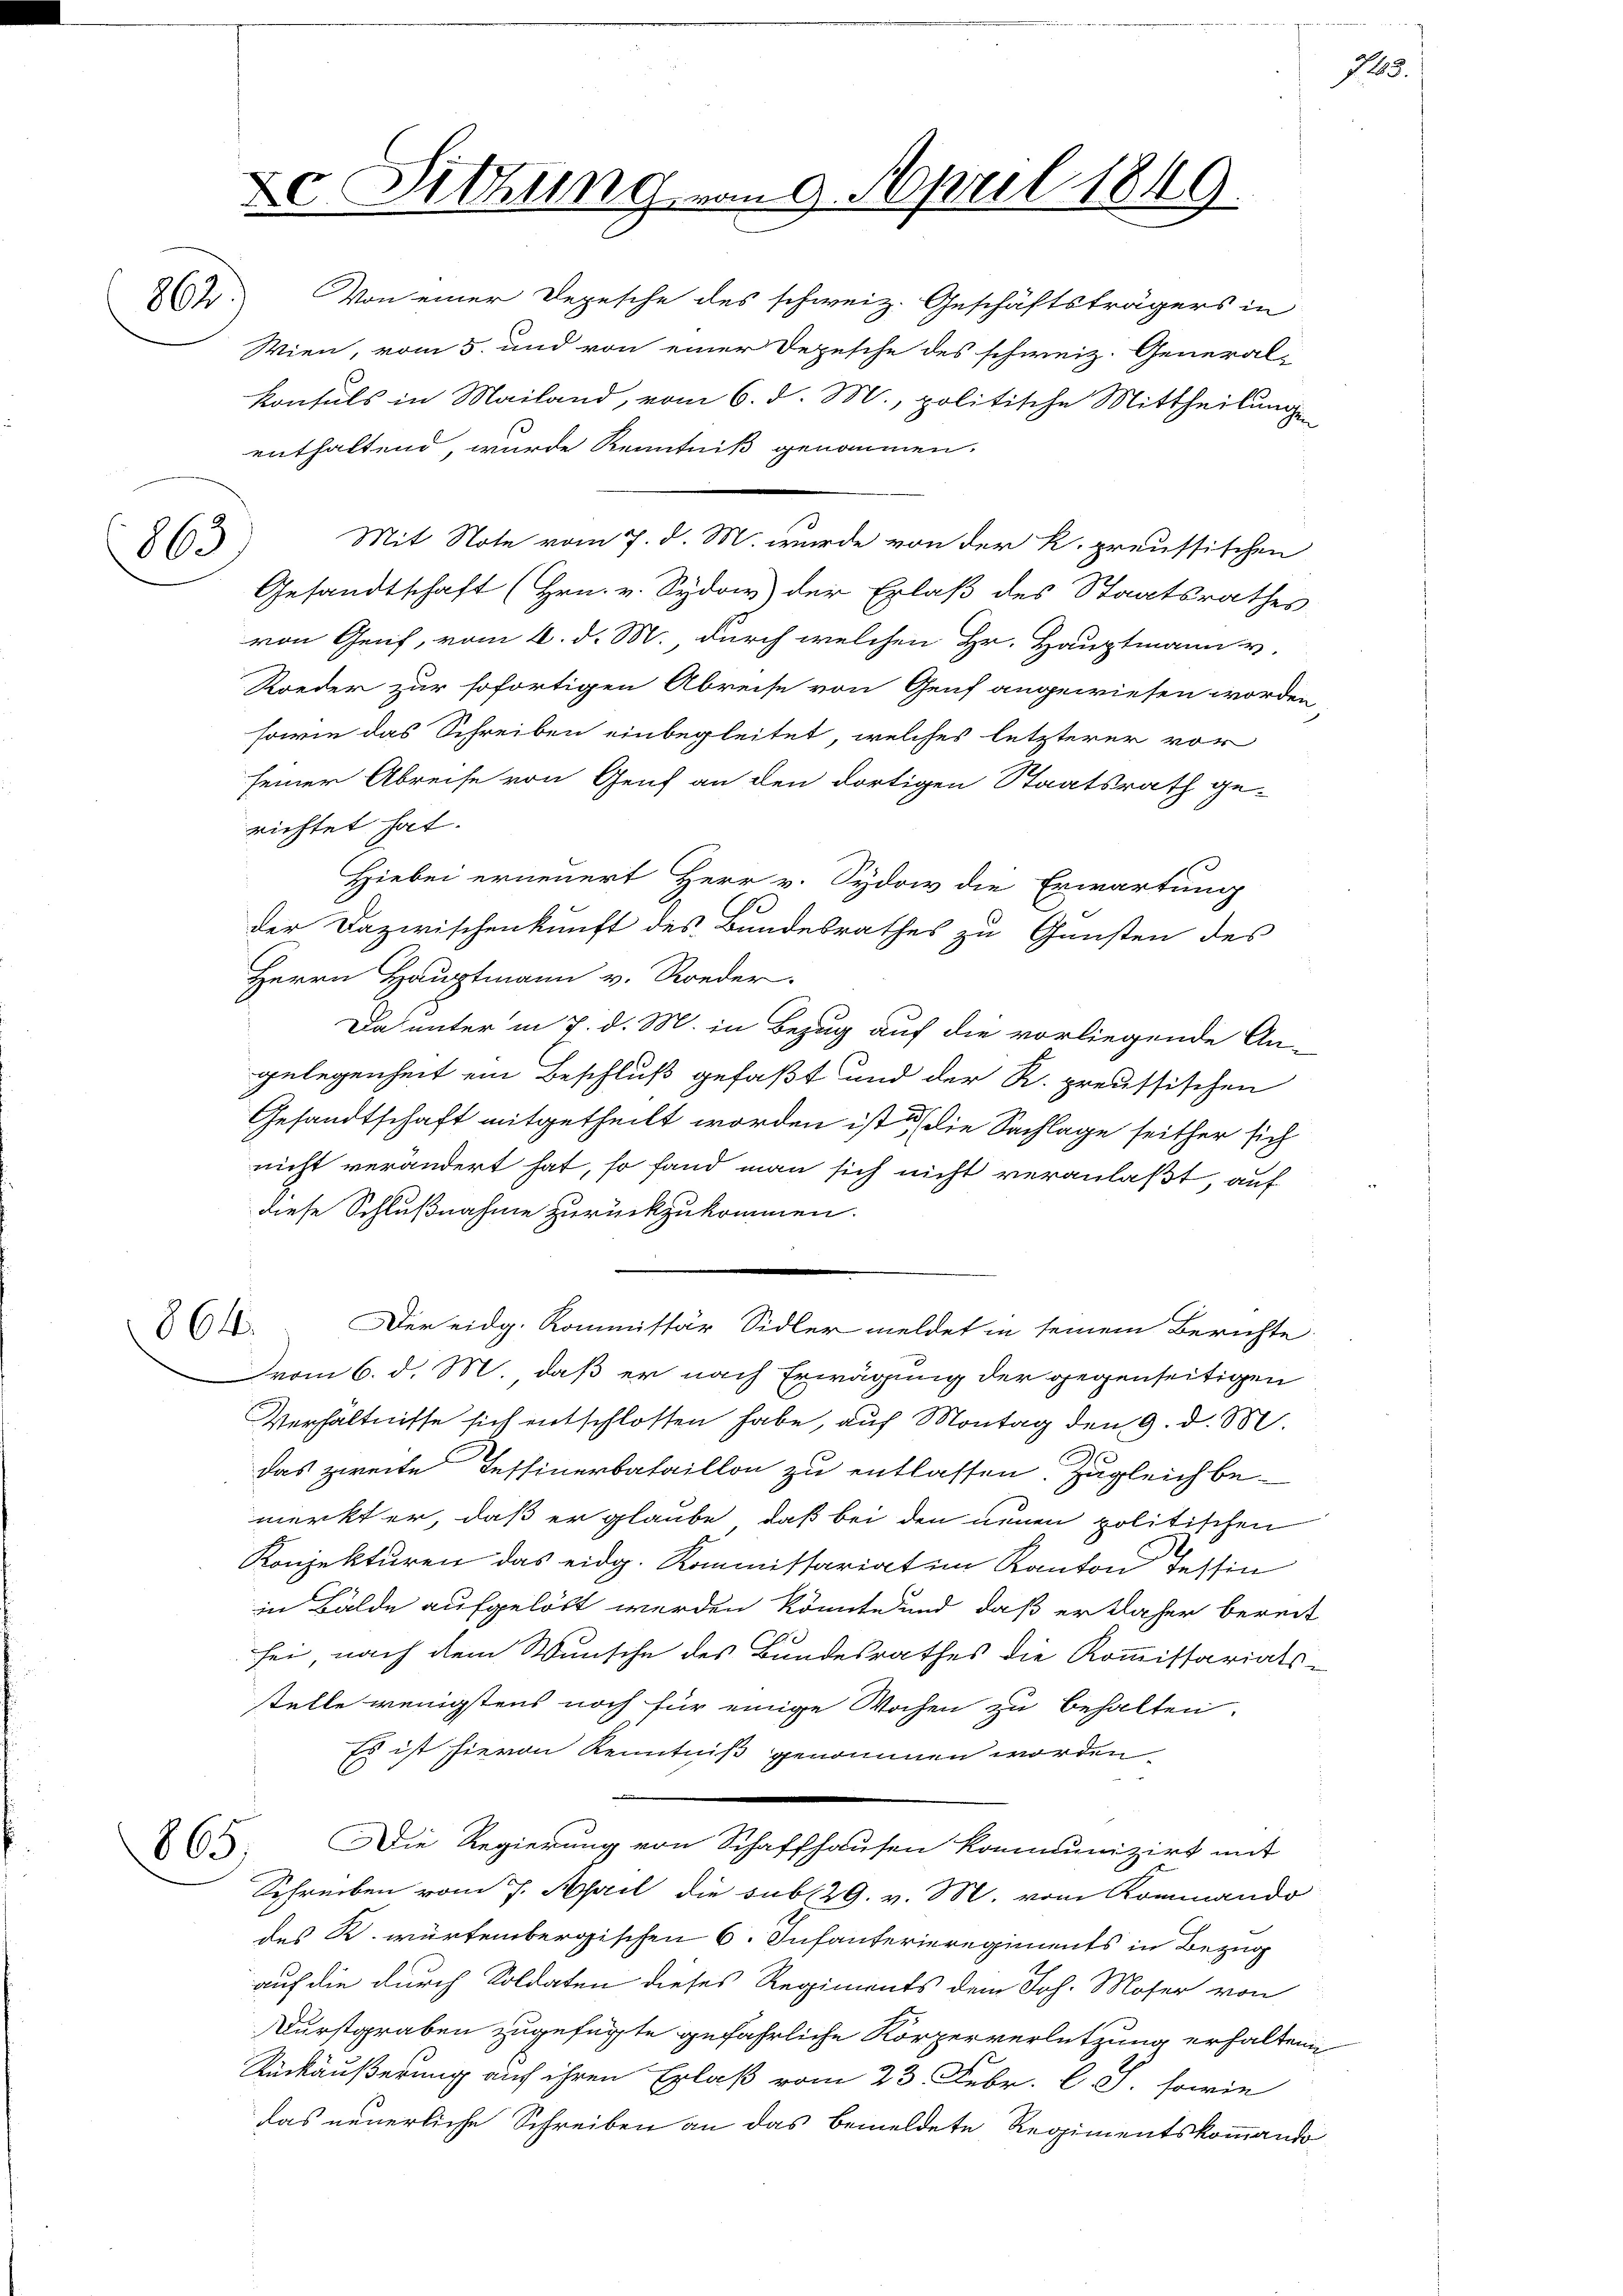
xc. Sitzung von 9. April 1849.
714. Von einer Depesche des schweiz. Geschäftsträgers in
Wien, vom 5. und von einer Depesche des schweiz. General-

863

865.

konsuls in Mailand, vom 6. d. M., politische Mittheilung
enthaltend, wurde Kenntniß genommen.
Mit Note vom 7. d. M. wurde von der K. preussischen
Gesandtschaft (Hrn. v. Sydow der Erlaß des Staatsrathes
von Genf, vom 6. d. M. durch welchen Hr. Hauptmann v.
Koeder zur sofortigen Abreise von Genf angewiesen worden,
sowie das Schreiben einbegleitet, welches letzterer vor
seiner Abreise von Genf an den dortigen Staatsrath ge-
richtet hat.
Hiebei erneuert Herr v. Sydow die Erwartung
der Dazwischenkunft des Bundesrathes zu Gunsten des
Herrn Hauptmann v. Roeder.
Da unter in 7. d. M. in Bezug auf die vorliegende An-
gelegenheit ein Beschluß gefaßt und der R. preussischen
Gesandtschaft mitgetheilt worden ist, u die Sachlage seither sich
nicht verändert hat, so fand man sich nicht veranlaßt, auf
diese Schlußnahme zurückzukommen.
64. Der eidg. Kommissär Sidler meldet in seinem Berichte
vom 6. d. M. daß er nach Erwägung der gegenseitigen
Verhältnisse sich entschlossen habe, auf Montag den 9. d. M.
das zweite Tessinerbataillon zu entlassen. Zugleich be-
merkt er, daß er glaube, daß bei den neuen politischen
Konjekturen das eidg. Kommissariat im Kanton Tessin
in Bälde aufgelöst werden könnte und daß er daher bereit
sei, nach dem Wunsche des Bundesrathes die Kommissariats-
stelle wenigstens noch für einige Wochen zu behalten.
Es ist hievon Kenntniß genommen worden
Die Regierung von Schaffhausen kommunizirt mit
Schreiben vom 7. April die sub 29. v. M. vom Kommando
des K. würtembergischen 6. Infanterieregiments in Bezug
auf die durch Soldaten dieses Regiments dem Joh. Moser von
Durstgraben zugefügte gefährliche Körperverletzung erhaltene
Rückäußerung auf ihren Erlaß vom 23. Febr. l. J. sowie
das neuerliche Schreiben an das bemeldete Regimentskommando

145.